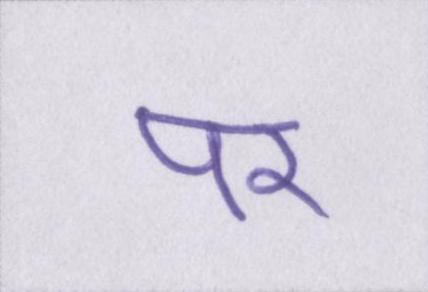
पर